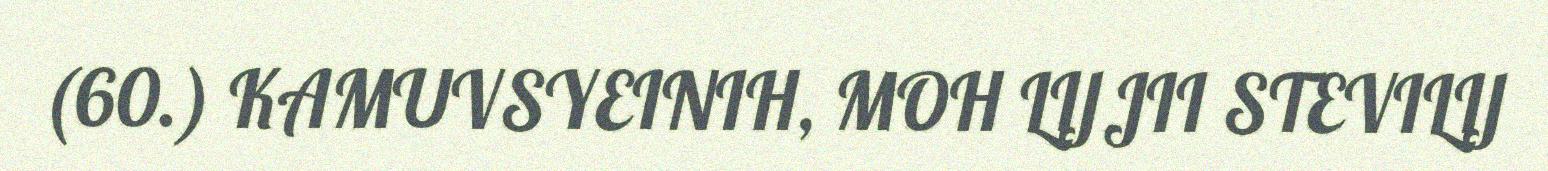
(60.) KAMUVSYEINIH, MOH LIJJII STEVILIJ